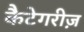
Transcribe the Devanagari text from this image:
कैटेगरीज़